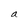
Character: a